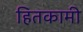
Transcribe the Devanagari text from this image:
हितकामी